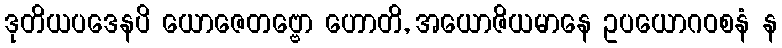
ဒုတိယပဒေနပိ ယောဇေတဗ္ဗော ဟောတိ, အယောဇိယမာနေ ဥပယောဂဝစနံ န